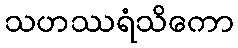
သဟဿရံသိကော